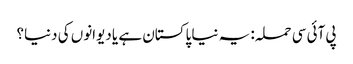
پی آئی سی حملہ: یہ نیا پاکستان ہے یا دیوانوں کی دنیا؟